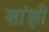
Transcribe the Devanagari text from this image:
शांझी